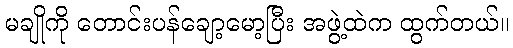
မချိုကို တောင်းပန်ချော့မော့ပြီး အဖွဲ့ထဲက ထွက်တယ်။